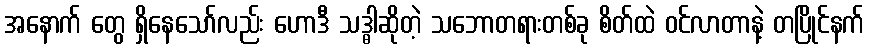
အနောက် တွေ ရှိနေသော်လည်း ဟောဒီ သဒ္ဓါဆိုတဲ့ သဘောတရားတစ်ခု စိတ်ထဲ ဝင်လာတာနဲ့ တပြိုင်နက်